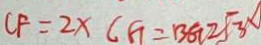
C F = 2 x ( G = B G 2 \sqrt { 3 }